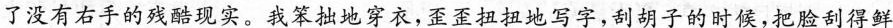
了没有右手的残酷现实。我笨拙地穿衣，歪歪扭扭地写字，刮胡子的时候，把脸刮得鲜